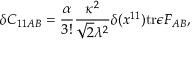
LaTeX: \delta C _ { 1 1 A B } = { \frac { \alpha } { 3 ! } } { \frac { \kappa ^ { 2 } } { \sqrt { 2 } \lambda ^ { 2 } } } \delta ( x ^ { 1 1 } ) \mathrm { t r } \epsilon F _ { A B } ,